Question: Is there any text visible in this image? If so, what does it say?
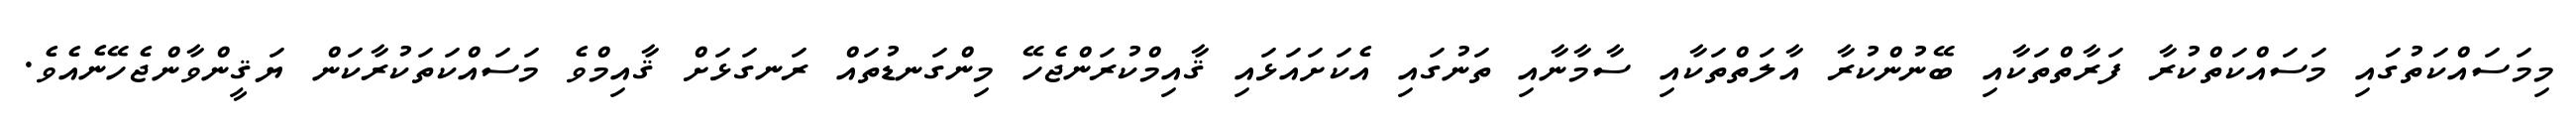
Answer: މިމަސައްކަތުގައި މަސައްކަތްކުރާ ފަރާތްތަކާއި ބޭނުންކުރާ އާލަތްތަކާއި ސާމާނާއި ތަނުގައި އެކަށައަޅައި ޤާއިމްކުރަންޖެހޭ މިންގަނޑުތައް ރަނގަޅަށް ޤާއިމްވެ މަސައްކަތަކުރާކަން ޔަޤީންވާންޖެހޭނެއެވެ.